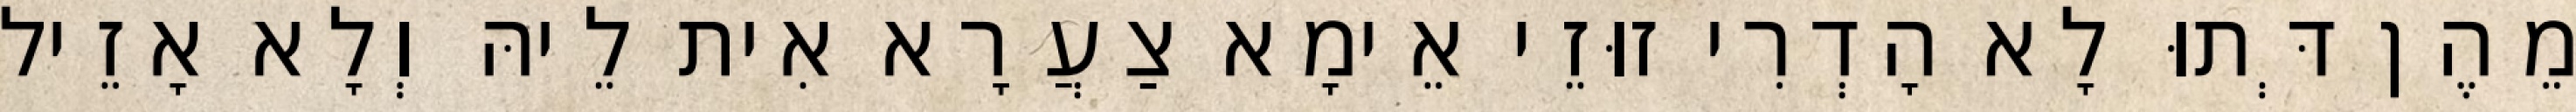
מֵהֶן דְּתוּ לָא הָדְרִי זוּזֵי אֵימָא צַעֲרָא אִית לֵיהּ וְלָא אָזֵיל